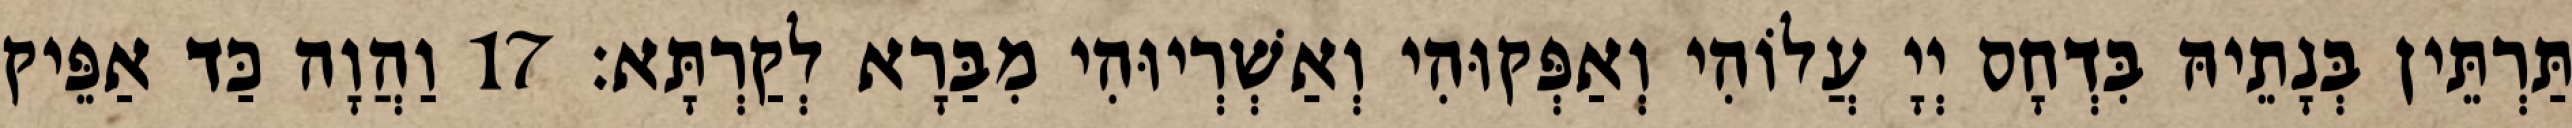
תַּרְתֵּין בְּנָתֵיהּ בִּדְחָס יְיָ עֲלוֹהִי וְאַפְּקוּהִי וְאַשְׁרְיוּהִי מִבַּרָא לְקַרְתָּא׃ 17 וַהֲוָה כַּד אַפֵּיק